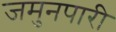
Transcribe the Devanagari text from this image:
जमुनपारी